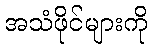
အသံဖိုင်များကို